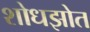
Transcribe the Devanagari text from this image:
शोधझोत